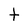
Character: t